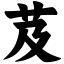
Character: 芨